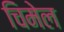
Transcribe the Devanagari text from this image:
चिमेल